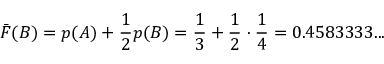
{ \bar { F } } ( B ) = p ( A ) + { \frac { 1 } { 2 } } p ( B ) = { \frac { 1 } { 3 } } + { \frac { 1 } { 2 } } \cdot { \frac { 1 } { 4 } } = 0 . 4 5 8 3 3 3 3 . . .